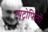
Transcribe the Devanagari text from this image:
न्यूट्रोफिलों